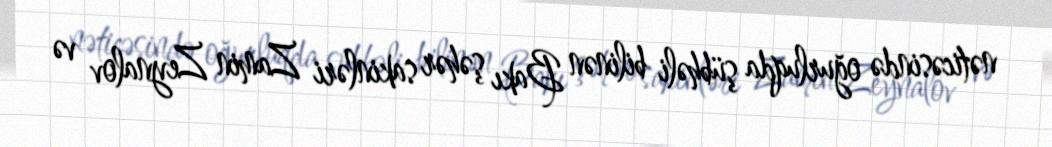
nəticəsində oğurluqda şübhəli bilinən Bakı şəhər sakinləri Zamin Zeynalov və